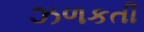
ઝળકતી